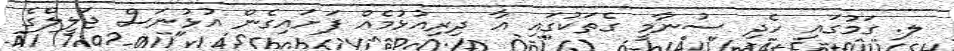
ލ. ގަމުގައި ހެދި ސުނާމީ ގެތަކުގައި އާ ދިރިއުޅުމެއް ފަށައިގެން އުޅުނަސް ޖަލީލްގެ